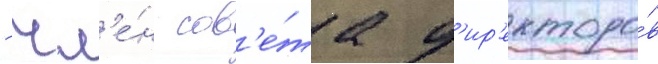
- чл'е́н сов'е́та д'ир'екторо́в